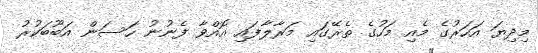
މިދިޔަ އަހަރުގެ މެއި މަހުގެ ތެރޭގައި މަރާލާފައި އޮއްވާ ފެނުނު ހަސަން އަބޫބަކުރު